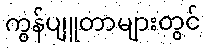
ကွန်ပျူတာများတွင်